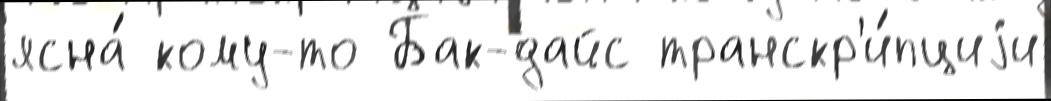
ясна́ кому-то Бак-дайс транскр'и́пциjи